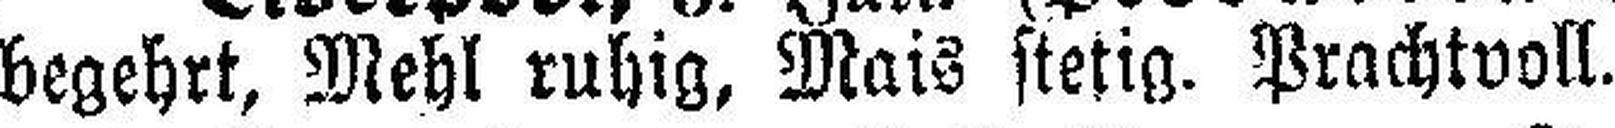
begehrt, Mehl ruhig, Mais stetig. Prachtvoll.